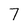
Character: 7